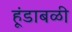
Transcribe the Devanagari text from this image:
हूंडाबळी